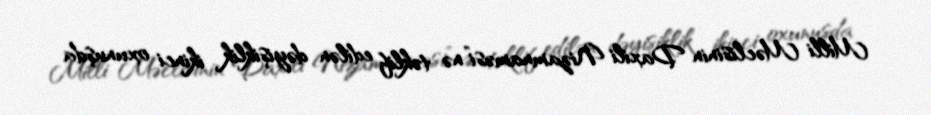
Milli Məclisinin Daxili Nizamnaməsi”nə təklif edilən dəyişiklik ikinci oxunuşda